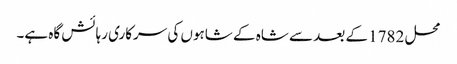
محل 1782 کے بعد سے شاہ کے شاہوں کی سرکاری رہائش گاہ ہے۔